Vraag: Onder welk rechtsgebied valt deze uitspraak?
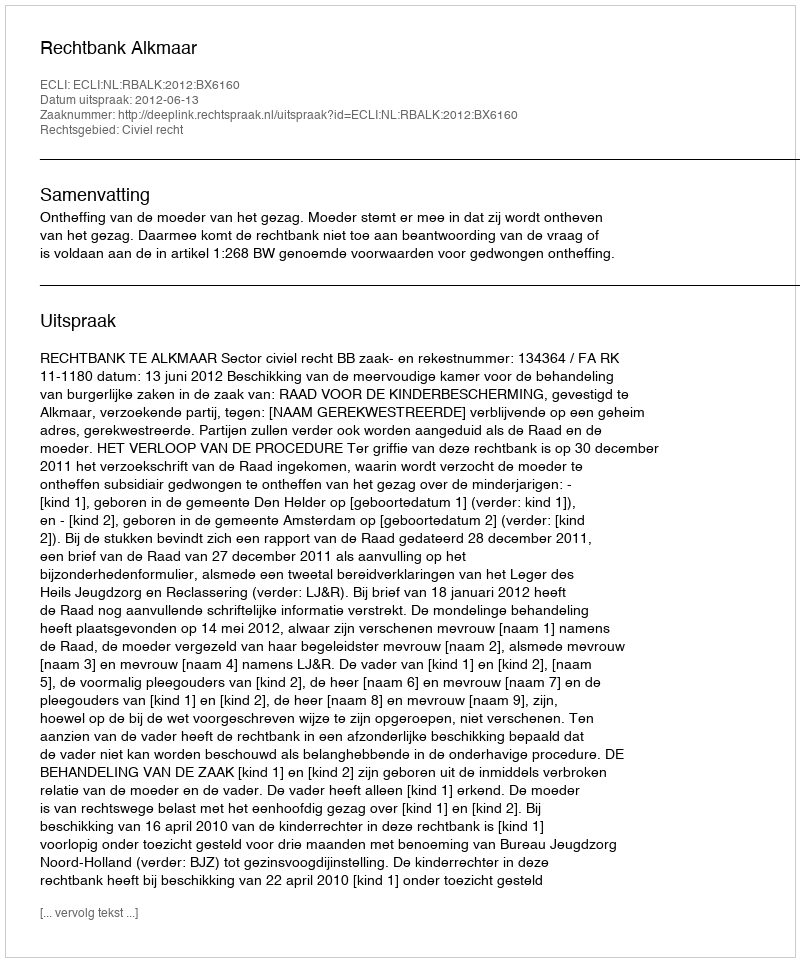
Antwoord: Civiel recht